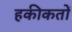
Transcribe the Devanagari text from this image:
हकीकतों